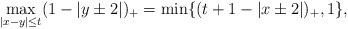
LaTeX: \begin{align*}\max_{|x-y|\leq t}(1-|y\pm 2|)_+=\min\{(t+1-|x\pm 2|)_+,1\},\end{align*}